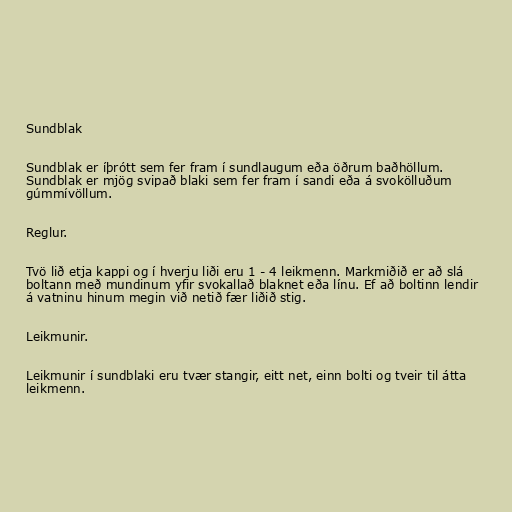
Sundblak

Sundblak er íþrótt sem fer fram í sundlaugum eða öðrum baðhöllum.
Sundblak er mjög svipað blaki sem fer fram í sandi eða á svokölluðum
gúmmívöllum.

Reglur.

Tvö lið etja kappi og í hverju liði eru 1 - 4 leikmenn. Markmiðið er að slá
boltann með mundinum yfir svokallað blaknet eða línu. Ef að boltinn lendir
á vatninu hinum megin við netið fær liðið stig.

Leikmunir.

Leikmunir í sundblaki eru tvær stangir, eitt net, einn bolti og tveir til átta
leikmenn.